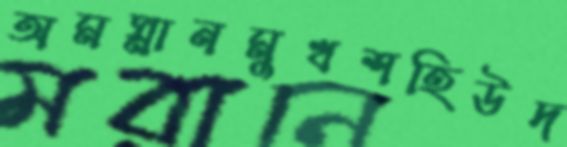
অমস্নানমুখশহিউদ